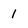
Character: 1